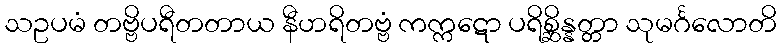
သဥပမံ တဗ္ဗိပရီတတာယ နီဟရိတဗ္ဗံ ကက္ကဋော ပရိစ္ဆိန္နတ္တာ သုမင်္ဂလောတိ